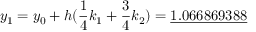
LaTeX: y _ { 1 } = y _ { 0 } + h ( { \frac { 1 } { 4 } } k _ { 1 } + { \frac { 3 } { 4 } } k _ { 2 } ) = { \underline { { 1 . 0 6 6 8 6 9 3 8 8 } } }